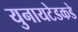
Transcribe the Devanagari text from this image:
युनायटेडकडे